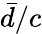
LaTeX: \bar{d}/c